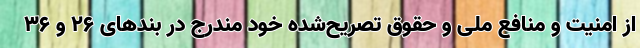
از امنیت و منافع ملی و حقوق تصریح‌شده خود مندرج در بندهای 26 و 36